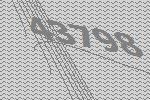
43798